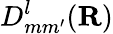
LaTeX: D_{mm^{\prime}}^{l}(\mathbf R)